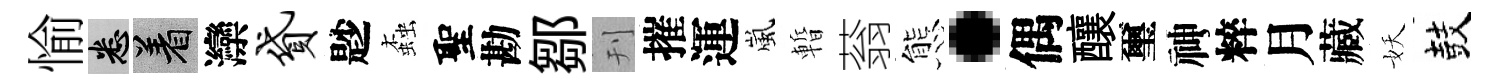
愉悉著灤贷尟螙聖勘鄒刊摧運嵐暫蓊態·偶釀璽神粹月藏妖鼓